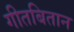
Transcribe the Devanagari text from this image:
गीतबितान